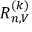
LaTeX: R _ { n , V } ^ { ( k ) }